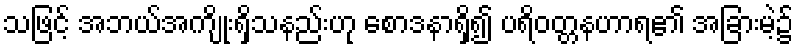
သဖြင့် အဘယ်အကျိုးရှိသနည်းဟု စောဒနာရှိ၍ ပရိဝတ္တနဟာရ၏ အခြားမဲ့၌